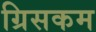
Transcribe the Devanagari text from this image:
ग्रिसकम